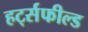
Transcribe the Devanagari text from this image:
हर्ट्सफील्ड